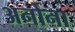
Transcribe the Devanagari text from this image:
अनोना